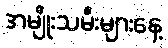
အမျိုးသမီးများနေ့